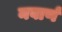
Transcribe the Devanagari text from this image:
नवार्ण